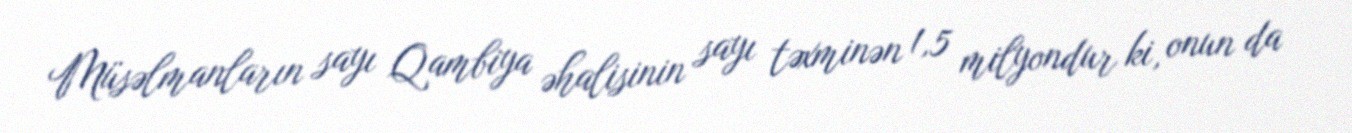
Müsəlmanların sayı Qambiya əhalisinin sayı təxminən 1,5 milyondur ki, onun da